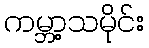
ကမ္ဘာ့သမိုင်း